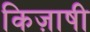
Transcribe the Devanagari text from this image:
किज़ाषी